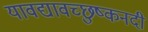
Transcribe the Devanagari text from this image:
यावद्यावच्छुष्कनदी